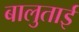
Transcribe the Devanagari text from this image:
बालुताई